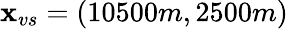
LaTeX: \textbf{x}_{vs}=(10500m,2500m)